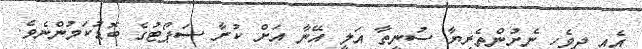
އެއީ ދިވެހި ނެށުންތެރިޔާ ސުނީތާ އަލީ އޭނާ އަށް ކުރާ ސަޕޯޓުގެ ބޮޑުކަމުންނެވެ.